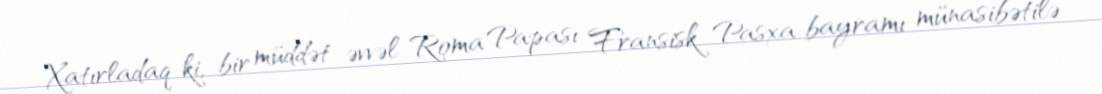
Xatırladaq ki, bir müddət əvvəl Roma Papası Fransisk Pasxa bayramı münasibətilə